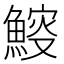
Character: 𩹔